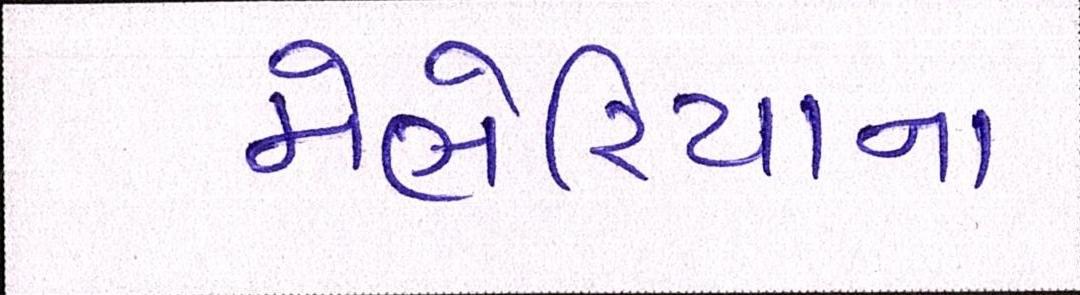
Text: મેલેરિયાના